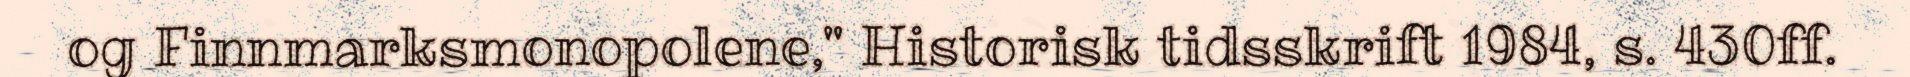
og Finnmarksmonopolene," Historisk tidsskrift 1984, s. 430ff.